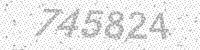
Solution: 745824